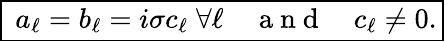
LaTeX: \begin{array}{r}{\boxed{\; a_{\ell}=b_{\ell}=i\sigma c_{\ell}\; \forall\ell\quad\mathrm{~a~n~d~}\quad c_{\ell}\neq 0.}}\end{array}